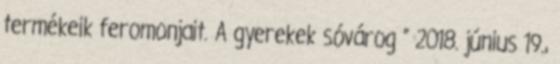
termékeik feromonjait. A gyerekek sóvárog ” 2018. június 19.,